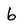
Character: b